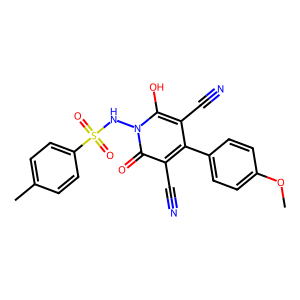
SMILES: COc1ccc(-c2c(C#N)c(O)n(NS(=O)(=O)c3ccc(C)cc3)c(=O)c2C#N)cc1
Inhibits HIV replication: No